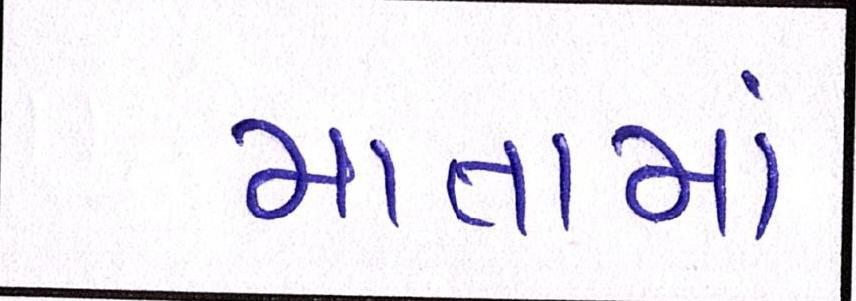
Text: માતામાં